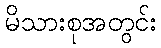
မိသားစုအတွင်း